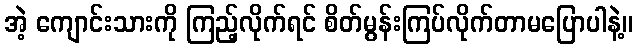
အဲ့ ကျောင်းသားကို ကြည့်လိုက်ရင် စိတ်မွန်းကြပ်လိုက်တာမပြောပါနဲ့။